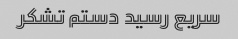
سریع رسید دستم تشکر